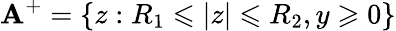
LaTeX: \mathbf{A}^{+}=\{ z:R_{1}\leqslant|z|\leqslant R_{2},y\geqslant 0\}